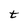
Character: t